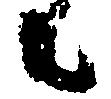
者